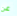
عن